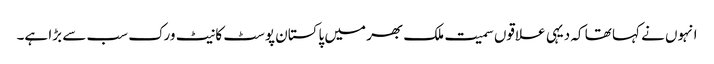
انہوں نے کہا تھا کہ دیہی علاقوں سمیت ملک بھر میں پاکستان پوسٹ کا نیٹ ورک سب سے بڑا ہے۔